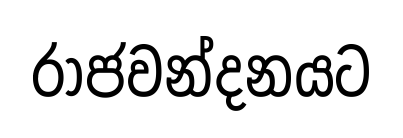
රාජවන්දනයට